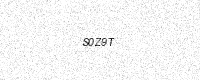
Text: S0Z9T